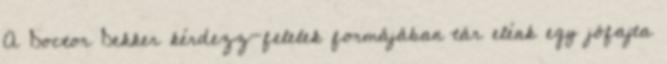
A Doctor Dekker kérdezz-felelek formájában tár elénk egy jófajta